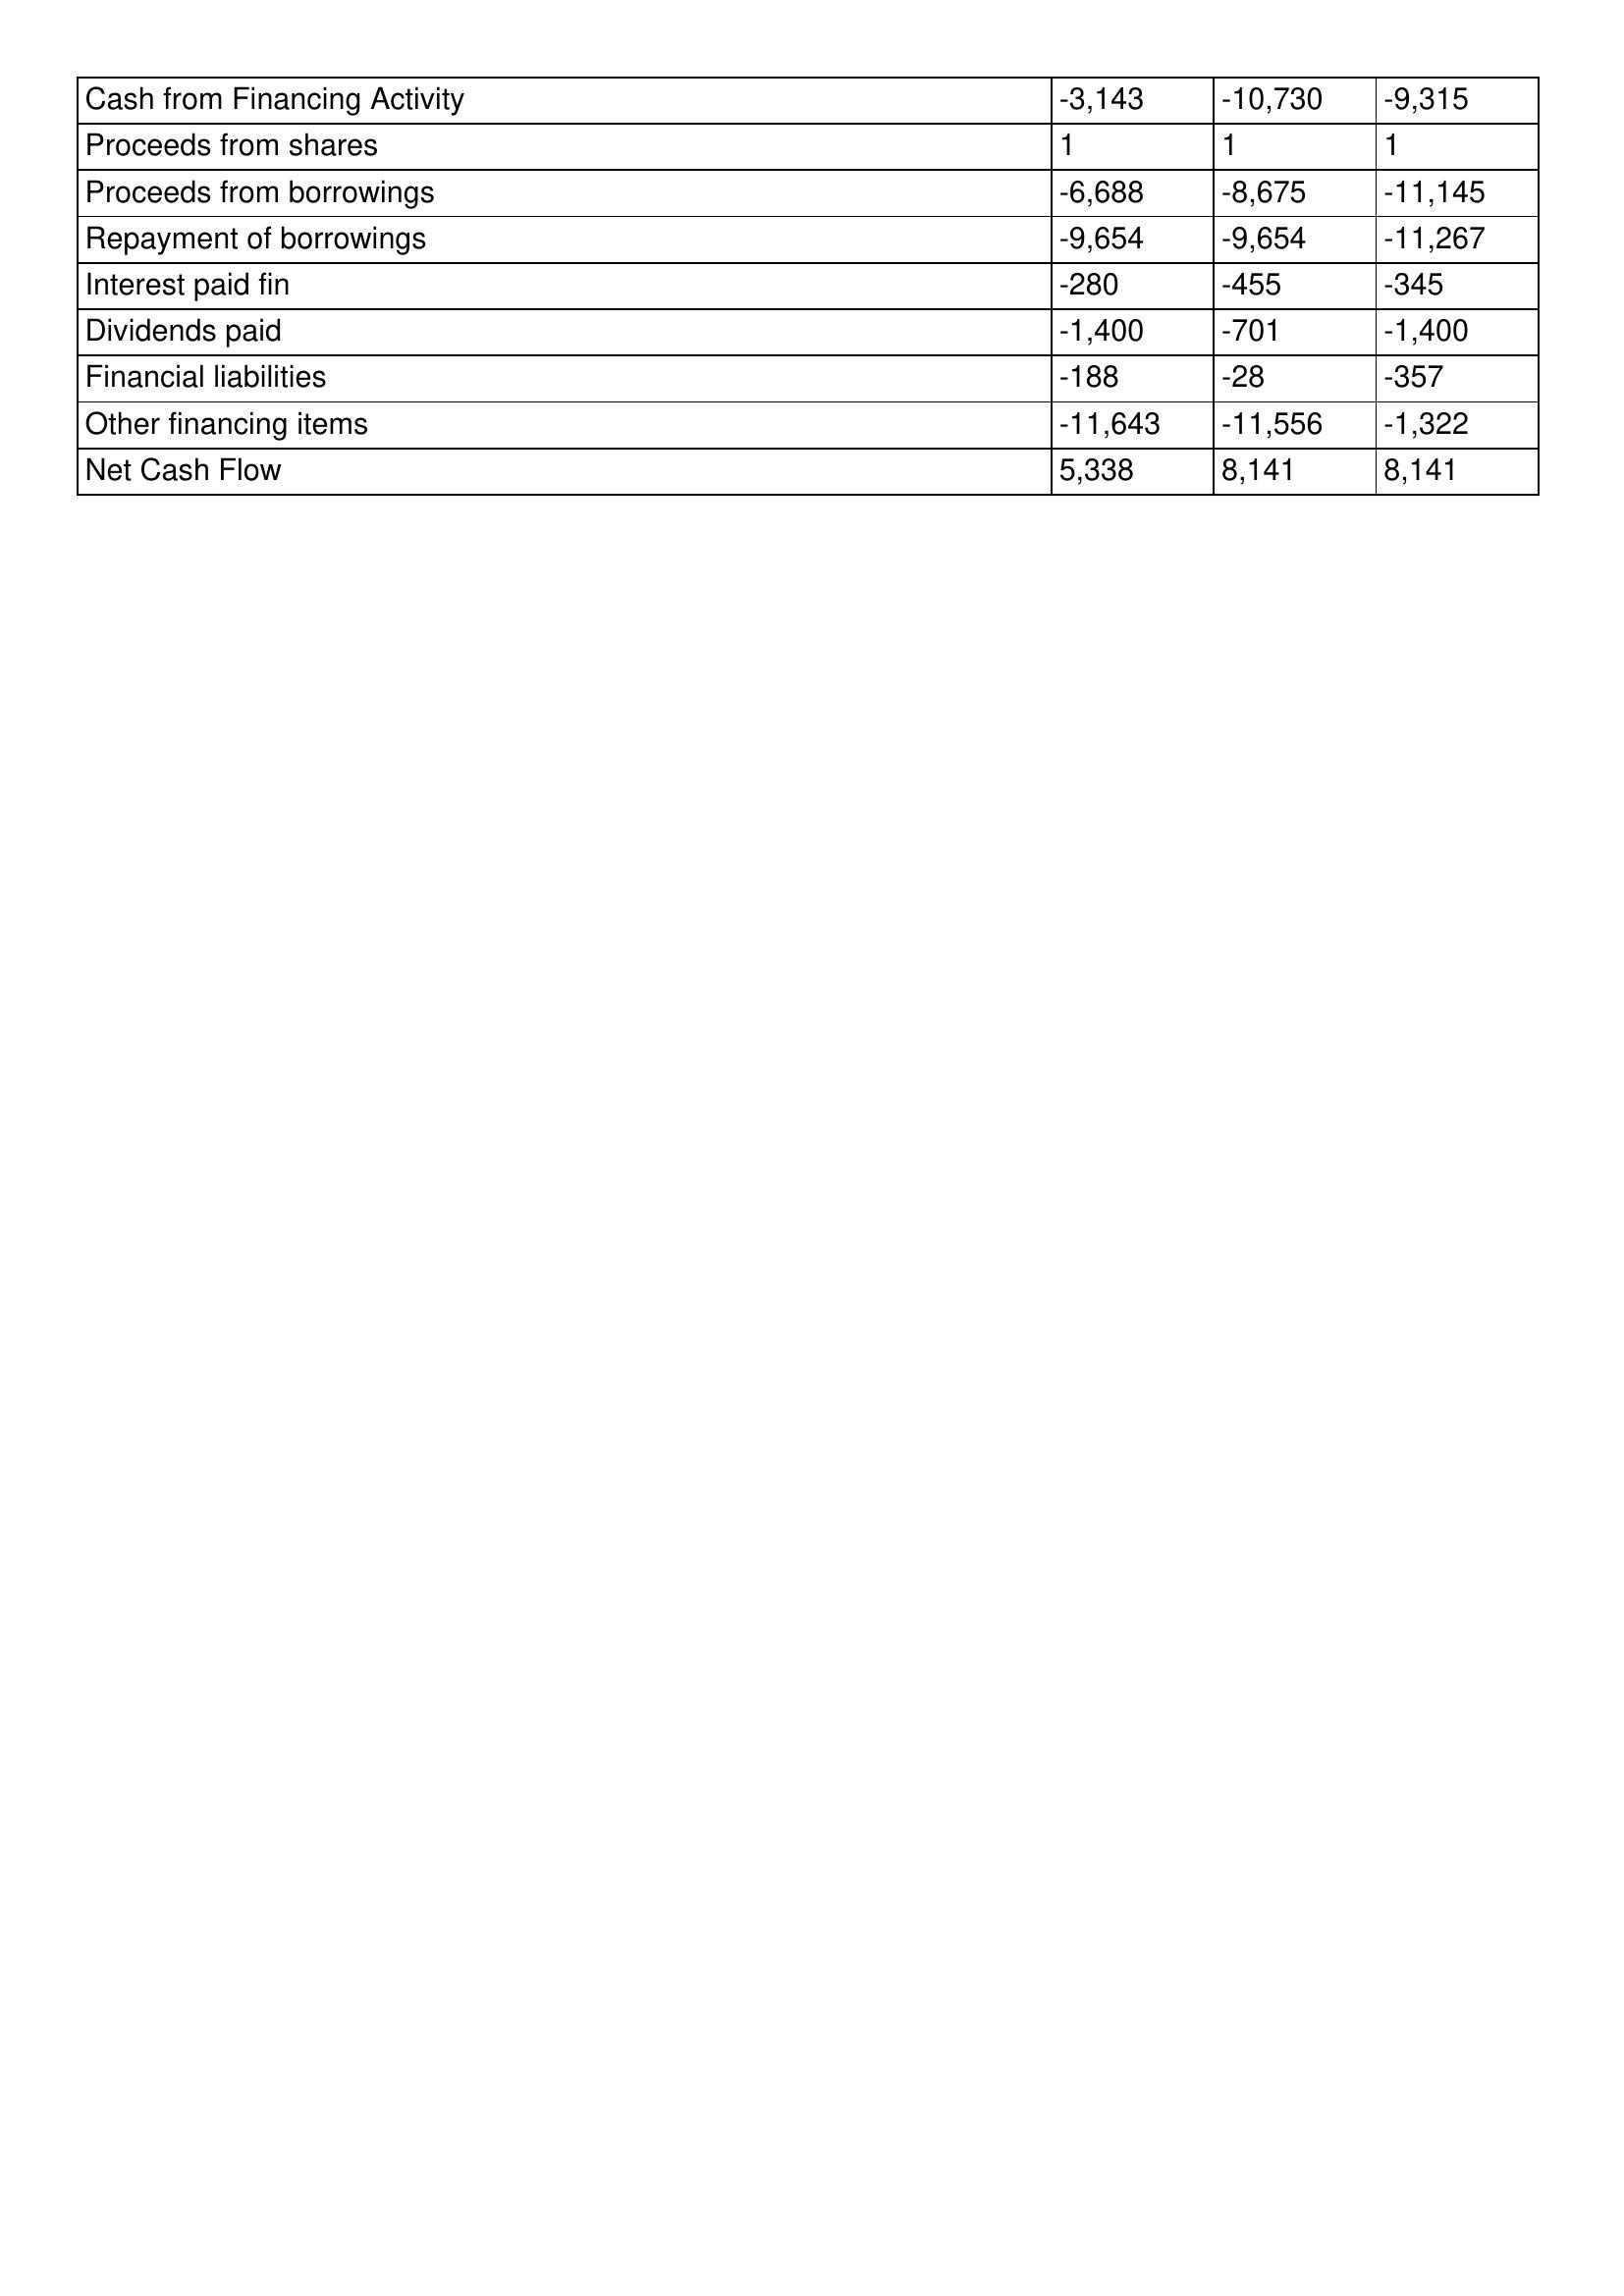
gt_parse: Mar-98: Cash Flows: Cash from Financing Activity: -3,143
Proceeds from shares: 1
Proceeds from borrowings: -6,688
Repayment of borrowings: -9,654
Interest paid fin: -280
Dividends paid: -1,400
Financial liabilities: -188
Other financing items: -11,643
Net Cash Flow: 5,338
Mar-97: Cash Flows: Cash from Financing Activity: -10,730
Proceeds from shares: 1
Proceeds from borrowings: -8,675
Repayment of borrowings: -9,654
Interest paid fin: -455
Dividends paid: -701
Financial liabilities: -28
Other financing items: -11,556
Net Cash Flow: 8,141
Mar-96: Cash Flows: Cash from Financing Activity: -9,315
Proceeds from shares: 1
Proceeds from borrowings: -11,145
Repayment of borrowings: -11,267
Interest paid fin: -345
Dividends paid: -1,400
Financial liabilities: -357
Other financing items: -1,322
Net Cash Flow: 8,141